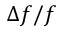
\Delta f / f